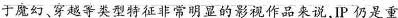
于魔幻穿越子类型特征非常明显的影视作品来说P仍是重